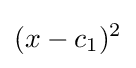
(x-c_{1})^{2}